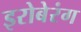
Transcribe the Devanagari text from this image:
इरोबेरंग